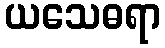
ယသေဓရာ